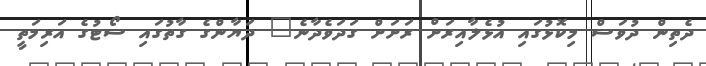
ދެތިން ދުވަސް މިކޮޅުގައި އުޅެލާއިރަށް ރަށަށް ގަދަވެދާނެ" ދަޔާންގެ ގާތުގައި ސޯޓުގެ އަރިމަތީ